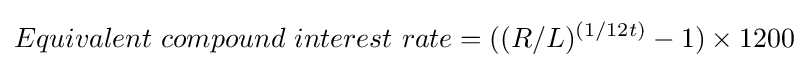
Equivalent\ compound\ interest\ rate=((R/L)^{(1/12t)}-1)\times 1200